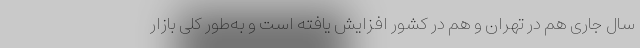
سال جاری هم در تهران و هم در کشور افزایش یافته است و به‌طور کلی بازار